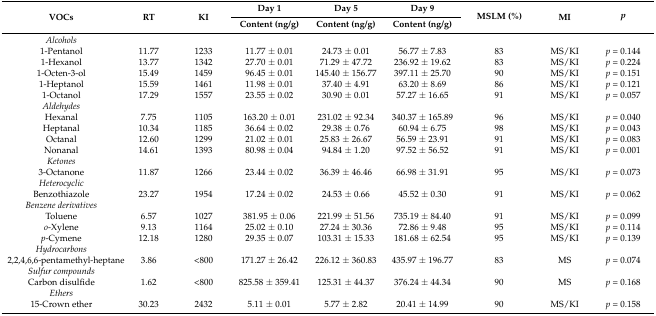
<table><thead><tr><td rowspan="2"><b>VOCs</b></td><td rowspan="2"><b>RT</b></td><td rowspan="2"><b>KI</b></td><td><b>Day 1</b></td><td><b>Day 5</b></td><td><b>Day 9</b></td><td rowspan="2"><b>MSLM (%)</b></td><td rowspan="2"><b>MI</b></td><td rowspan="2"><b><i>p</i></b></td></tr><tr><td><b>Content (ng/g)</b></td><td><b>Content (ng/g)</b></td><td><b>Content (ng/g)</b></td></tr></thead><tbody><tr><td><i>Alcohols</i></td><td></td><td></td><td></td><td></td><td></td><td></td><td></td><td></td></tr><tr><td>1-Pentanol</td><td>11.77</td><td>1233</td><td>11.77 ± 0.01</td><td>24.73 ± 0.01</td><td>56.77 ± 7.83</td><td>83</td><td>MS/KI</td><td><i>p</i> = 0.144</td></tr><tr><td>1-Hexanol</td><td>13.77</td><td>1342</td><td>27.70 ± 0.01</td><td>71.29 ± 47.72</td><td>236.92 ± 19.62</td><td>83</td><td>MS/KI</td><td><i>p</i> = 0.224</td></tr><tr><td>1-Octen-3-ol</td><td>15.49</td><td>1459</td><td>96.45 ± 0.01</td><td>145.40 ± 156.77</td><td>397.11 ± 25.70</td><td>90</td><td>MS/KI</td><td><i>p</i> = 0.151</td></tr><tr><td>1-Heptanol</td><td>15.59</td><td>1461</td><td>11.98 ± 0.01</td><td>37.40 ± 4.91</td><td>63.20 ± 8.69</td><td>86</td><td>MS/KI</td><td><i>p</i> = 0.121</td></tr><tr><td>1-Octanol</td><td>17.29</td><td>1557</td><td>23.55 ± 0.02</td><td>30.90 ± 0.01</td><td>57.27 ± 16.65</td><td>91</td><td>MS/KI</td><td><i>p</i> = 0.057</td></tr><tr><td><i>Aldehydes</i></td><td></td><td></td><td></td><td></td><td></td><td></td><td></td><td></td></tr><tr><td>Hexanal</td><td>7.75</td><td>1105</td><td>163.20 ± 0.01</td><td>231.02 ± 92.34</td><td>340.37 ± 165.89</td><td>96</td><td>MS/KI</td><td><i>p</i> = 0.040</td></tr><tr><td>Heptanal</td><td>10.34</td><td>1185</td><td>36.64 ± 0.02</td><td>29.38 ± 0.76</td><td>60.94 ± 6.75</td><td>98</td><td>MS/KI</td><td><i>p</i> = 0.043</td></tr><tr><td>Octanal</td><td>12.60</td><td>1299</td><td>21.02 ± 0.01</td><td>25.83 ± 26.67</td><td>56.59 ± 23.91</td><td>91</td><td>MS/KI</td><td><i>p</i> = 0.083</td></tr><tr><td>Nonanal</td><td>14.61</td><td>1393</td><td>80.98 ± 0.04</td><td>94.84 ± 1.20</td><td>97.52 ± 56.52</td><td>91</td><td>MS/KI</td><td><i>p</i> = 0.001</td></tr><tr><td><i>Ketones</i></td><td></td><td></td><td></td><td></td><td></td><td></td><td></td><td></td></tr><tr><td>3-Octanone</td><td>11.87</td><td>1266</td><td>23.44 ± 0.02</td><td>36.39 ± 46.46</td><td>66.98 ± 31.91</td><td>95</td><td>MS/KI</td><td><i>p</i> = 0.073</td></tr><tr><td><i>Heterocyclic</i></td><td></td><td></td><td></td><td></td><td></td><td></td><td></td><td></td></tr><tr><td>Benzothiazole</td><td>23.27</td><td>1954</td><td>17.24 ± 0.02</td><td>24.53 ± 0.66</td><td>45.52 ± 0.30</td><td>91</td><td>MS/KI</td><td><i>p</i> = 0.062</td></tr><tr><td><i>Benzene derivatives</i></td><td></td><td></td><td></td><td></td><td></td><td></td><td></td><td></td></tr><tr><td>Toluene</td><td>6.57</td><td>1027</td><td>381.95 ± 0.06</td><td>221.99 ± 51.56</td><td>735.19 ± 84.40</td><td>91</td><td>MS/KI</td><td><i>p</i> = 0.099</td></tr><tr><td><i>o</i>-Xylene</td><td>9.13</td><td>1164</td><td>25.02 ± 0.10</td><td>27.24 ± 30.36</td><td>72.86 ± 9.48</td><td>95</td><td>MS/KI</td><td><i>p</i> = 0.114</td></tr><tr><td><i>p</i>-Cymene</td><td>12.18</td><td>1280</td><td>29.35 ± 0.07</td><td>103.31 ± 15.33</td><td>181.68 ± 62.54</td><td>95</td><td>MS/KI</td><td><i>p</i> = 0.139</td></tr><tr><td><i>Hydrocarbons</i></td><td></td><td></td><td></td><td></td><td></td><td></td><td></td><td></td></tr><tr><td>2,2,4,6,6-pentamethyl-heptane</td><td>3.86</td><td>&lt;800</td><td>171.27 ± 26.42</td><td>226.12 ± 360.83</td><td>435.97 ± 196.77</td><td>83</td><td>MS</td><td><i>p</i> = 0.074</td></tr><tr><td><i>Sulfur compounds</i></td><td></td><td></td><td></td><td></td><td></td><td></td><td></td><td></td></tr><tr><td>Carbon disulfide</td><td>1.62</td><td>&lt;800</td><td>825.58 ± 359.41</td><td>125.31 ± 44.37</td><td>376.24 ± 44.34</td><td>90</td><td>MS</td><td><i>p</i> = 0.168</td></tr><tr><td><i>Ethers</i></td><td></td><td></td><td></td><td></td><td></td><td></td><td></td><td></td></tr><tr><td>15-Crown ether</td><td>30.23</td><td>2432</td><td>5.11 ± 0.01</td><td>5.77 ± 2.82</td><td>20.41 ± 14.99</td><td>90</td><td>MS/KI</td><td><i>p</i> = 0.158</td></tr></tbody></table>